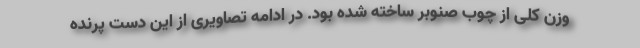
وزن کلی از چوب صنوبر ساخته شده بود. در ادامه تصاویری از این دست پرنده